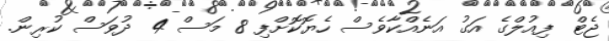
ޖެޓް ފިއުލްގެ އަގު އަނެއްކާވެސް ހެޔޮކޮށްފި 8 މަސް 4 ދުވަސް ކުރިން.